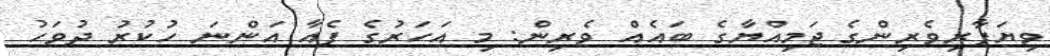
ވިޔަފާރިވެރިންގެ ޖަމިއްޔާގެ ބައެއް ވެރިން: މި އަހަރުގެ ފެއާ އަންނަ ހުކުރު ދުވަހު